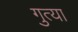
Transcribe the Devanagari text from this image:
गुत्या